Annual administration report of the Civil Veterinary Department of India - 1896-1897
Year: 1896
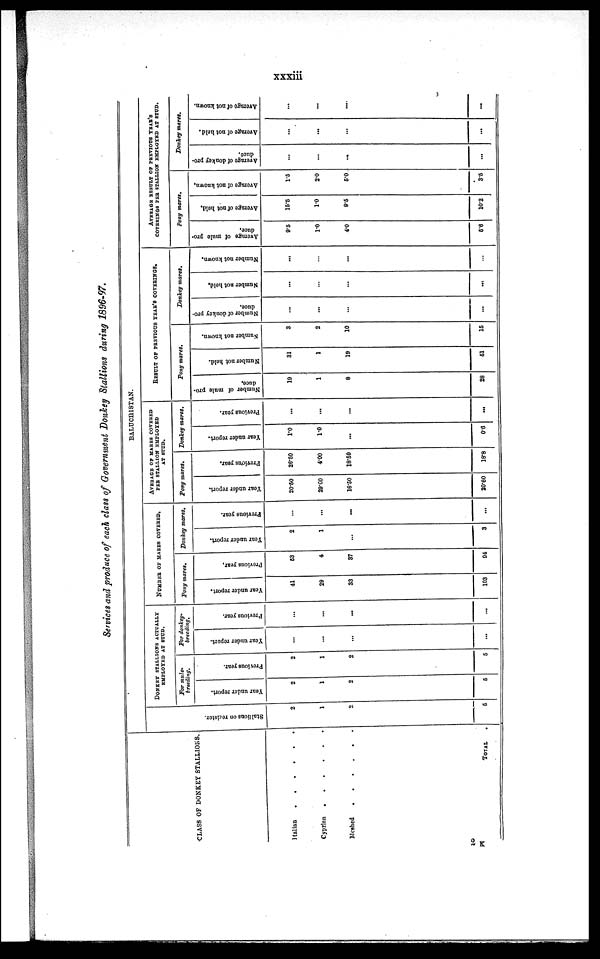
xxxiii
Services and produce of each class of Government Donkey Stallions during 1896-97.
CLASS OF DONKEY STALLIONS.
Italian
.
.
.
.
.
.
Cyprian
.
.
.
.
.
.
Meshed
.
.
.
.
.
.
TOTAL
BALUCHISTAN.
Stallions on register.
2
1
2
5
DONKEY STALLIONS ACTUALLY EMPLOYED AT STUD.
For mule-
breeding.
Year under report.
2
1
2
5
Previous year.
2
1
2
5
For donkey-
breeding.
Year under report.
...
...
...
...
Previous year.
...
...
...
...
NUMBER OF MARES COVERED.
Pony mares.
Year under report.
41
29
33
103
Previous year.
53
4
37
94
Donkey mares.
Year under report.
2
1
...
3
Previous year.
...
...
...
...
AVERAGE OF MARES COVERED
PER STALLION EMPLOYED
AT STUD.
Pony mares.
Year
under report.
20.50
29.00
16.50
20.60
Previous year.
26.50
4.00
18.50
18.8
Donkey mares.
Year under report.
1.0
1.0
...
0.6
Previous year.
...
...
...
...
RESULT OF PREVIOUS YEAR'S COVERINGS.
Pony mares.
Number of mule pro-
duce.
19
1
8
28
Number not held.
31
1
19
51
Number not known.
3
2
10
16
Donkey mares.
Number of donkey pro-
duce.
...
...
...
...
Number not held.
...
...
...
…
Number not known.
...
...
...
...
AVERAGE RESULT OF PREVIOUS YEAR'S
COVERINGS PER STALLION EMPLOYED AT STUD.
Pony mares.
Average of mule pro-
duce.
9.5
1.0
4.0
5.6
Average of not held.
15.6
1.0
9.5
10.2
Average of not known.
1.5
2.0
5.0
3.5
Donkey mares.
Average
of donkey pro-
duce.
...
...
...
...
Average
of not held.
...
...
...
...
Average of not known.
...
...
...
...
2 K